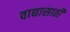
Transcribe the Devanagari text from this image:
वाद्यासाठी